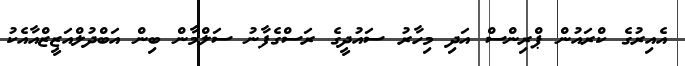
އެއިރުގެ ކްރައުން ޕްރިންސް އަދި މިހާރު ސައުދީގެ ރަސްގެފާނު ސަލްމާން ބިން އަބްދުލްއަޒީޒްއާއެކު